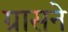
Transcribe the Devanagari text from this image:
ग्रासने